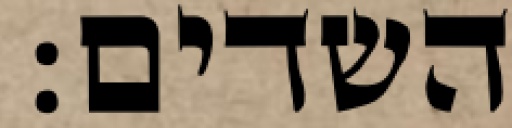
השדים: